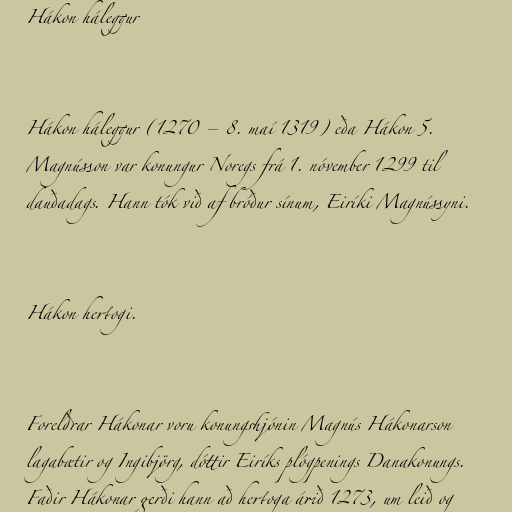
Hákon háleggur

Hákon háleggur (1270 – 8. maí 1319) eða Hákon 5.
Magnússon var konungur Noregs frá 1. nóvember 1299 til
dauðadags. Hann tók við af bróður sínum, Eiríki Magnússyni.

Hákon hertogi.

Foreldrar Hákonar voru konungshjónin Magnús Hákonarson
lagabætir og Ingibjörg, dóttir Eiríks plógpenings Danakonungs.
Faðir Hákonar gerði hann að hertoga árið 1273, um leið og